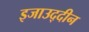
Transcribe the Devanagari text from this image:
इजाउद्दीन